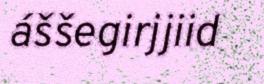
áššegirjjiid